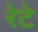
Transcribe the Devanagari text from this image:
रेटे